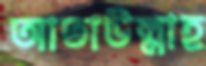
আতাউল্লাহ